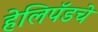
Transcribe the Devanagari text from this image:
हेलिपॅडचे